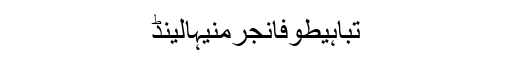
تباہیطوفانجرمنیہالینڈ